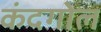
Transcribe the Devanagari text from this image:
कंदगोल